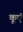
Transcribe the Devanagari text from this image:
कूएं